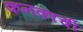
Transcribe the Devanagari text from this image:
कनकाची